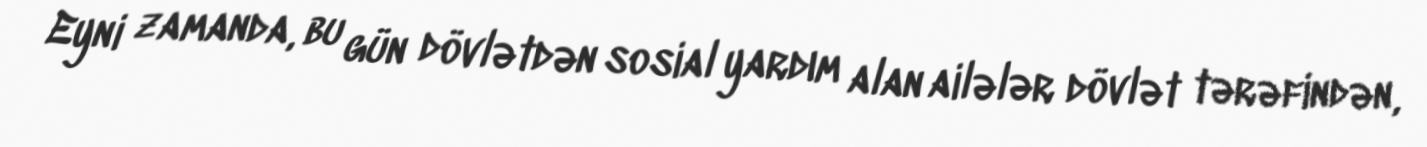
Eyni zamanda, bu gün dövlətdən sosial yardım alan ailələr dövlət tərəfindən,